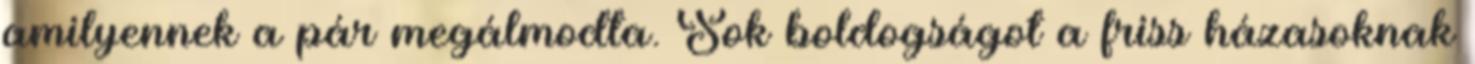
amilyennek a pár megálmodta. Sok boldogságot a friss házasoknak